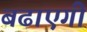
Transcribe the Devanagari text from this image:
बढाएगी